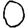
Digit: 0